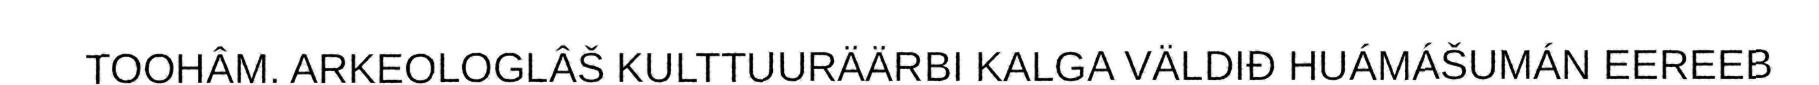
TOOHÂM. ARKEOLOGLÂŠ KULTTUURÄÄRBI KALGA VÄLDIĐ HUÁMÁŠUMÁN EEREEB